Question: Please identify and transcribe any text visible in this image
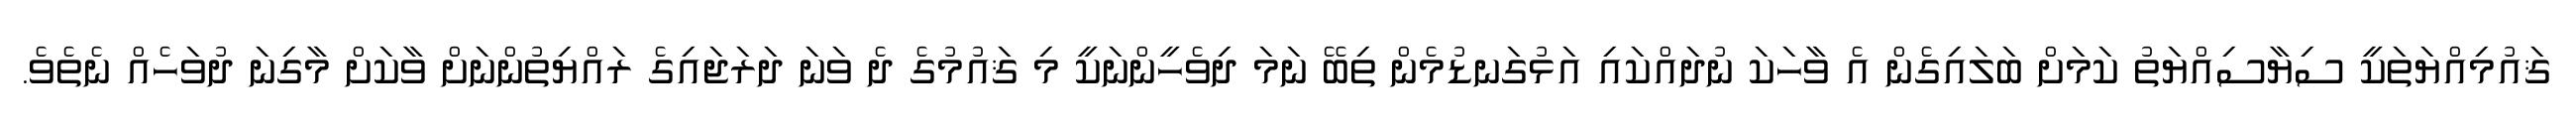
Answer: ޤައުމިއްޔަތަކީ ސިޔާސިއްޔަތު ކަމަށް ބަލައިގެން އެ ވާހަކަ ނުދައްކައި އަޅުގަނޑުމެން ތިބޭ ނަމަ ދިވެހީންނަކީ މި ޤައުމުގެ ދެ ވަނަ ދަރަޖައިގެ ރައްޔިތުންނަށް ވާކަށް މާގިނަ ދުވަހެއް ނެތެވެ.